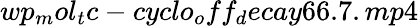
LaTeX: wp_{m}ol_{t}c-cyclo_{o}ff_{d}ecay66.7.mp4